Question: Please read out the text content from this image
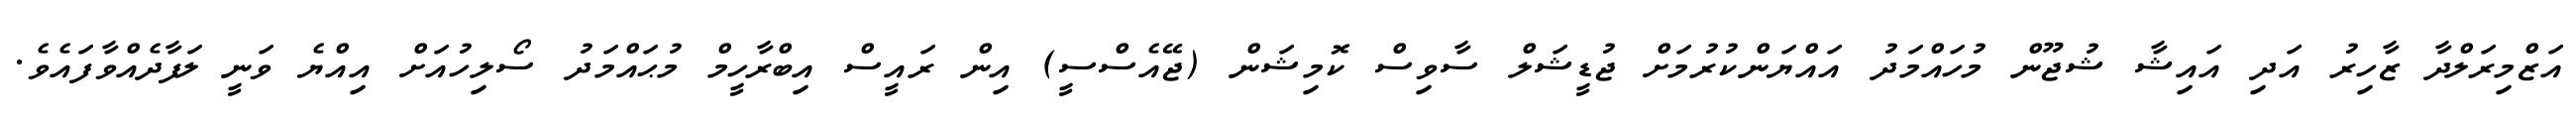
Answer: އަޒްމިރަލްދާ ޒާހިރު އަދި އައިޝާ ޝުޖޫން މުހައްމަދު އައްޔަންކުރުމަށް ޖުޑީޝަލް ސާވިސް ކޮމިޝަން (ޖޭއެސްސީ) އިން ރައީސް އިބްރާހީމް މުޙައްމަދު ސޯލިހުއަށް އިއްޔެ ވަނީ ލަފާދެއްވާފައެވެ.